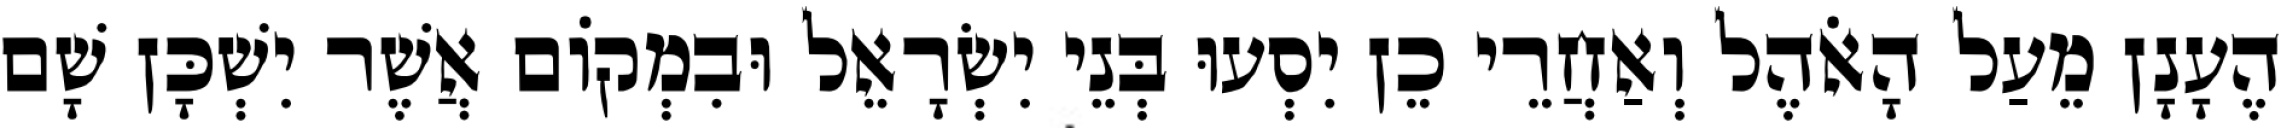
הֶעָנָן מֵעַל הָאֹהֶל וְאַחֲרֵי כֵן יִסְעוּ בְּנֵי יִשְׂרָאֵל וּבִמְקוֹם אֲשֶׁר יִשְׁכָּן שָׁם